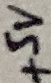
Text: +5V